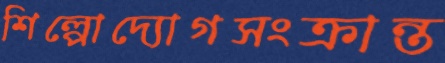
শিল্পোদ্যোগসংক্রান্ত